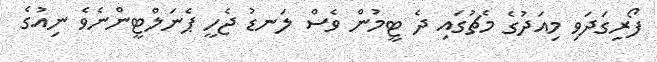
ފޯރިގަދަވި މިއަދުގެ މެޗުގައި ދެ ޓީމުން ވެސް ލަނޑު ޖެހީ ޕެނަލްޓީންނެވެ ނިއުގެ